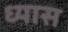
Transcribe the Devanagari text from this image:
ध्‍यास